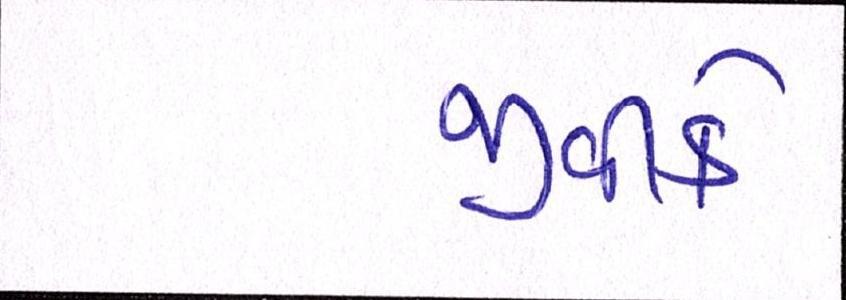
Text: જીવીકે